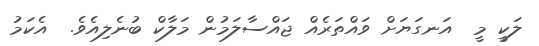
ލަކީ މީ  އަނގަޔަށް ވައްތަރެއް ޖައްސާލަމުން މަލާކް ބުނެލިއެވެ.  އެކަމު